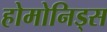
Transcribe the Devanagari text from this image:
होमोनिड्स